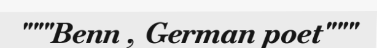
"""Benn , German poet"""